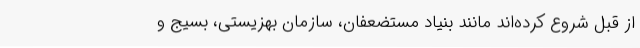
از قبل شروع کرده‌اند مانند بنیاد مستضعفان، سازمان بهزیستی، بسیج و